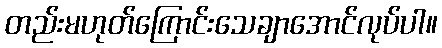
တည်းမဟုတ်ကြောင်းသေချာအောင်လုပ်ပါ။